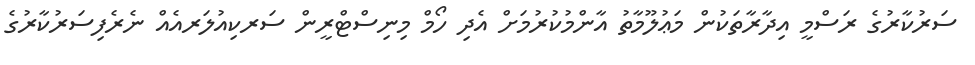
ސަރުކާރުގެ ރަސްމީ އިދާރާތަކުން މަޢުލޫމާތު އާންމުކުރުމަށް އެދި ހޯމް މިނިސްޓްރީން ސަރކިއުލަރއެއް ނެރެފިސަރުކާރުގެ